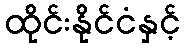
ထိုင်းနိုင်ငံနှင့်